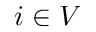
i \in V